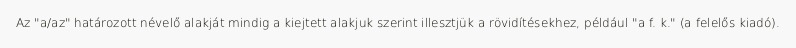
Az "a/az" határozott névelő alakját mindig a kiejtett alakjuk szerint illesztjük a rövidítésekhez, például "a f. k." (a felelős kiadó).